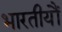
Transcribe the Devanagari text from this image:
भारतीयौं